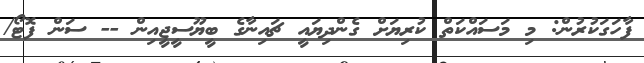
ފާހަގަކުރުން: މި މަސައްކަތް ކުރިޔަށް ގެންދިޔައީ ޗައިނާގެ ބީޔޫސީޖީއިން -- ސަން ފޮޓޯ/